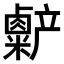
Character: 𫧷